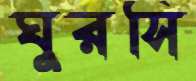
ঘুরসি